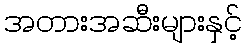
အတားအဆီးများနှင့်